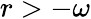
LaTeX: r>-\omega